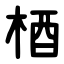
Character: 梄